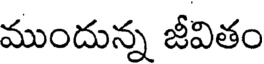
ముందున్న జీవితం